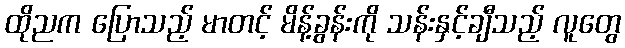
ထိုညက ပြောသည့် မာတင့် မိန့်ခွန်းကို သန်းနှင့်ချီသည့် လူတွေ